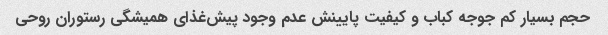
حجم بسیار کم جوجه کباب و کیفیت پایینش عدم وجود پیش‌غذای همیشگی رستوران روحی